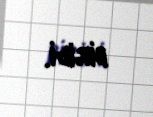
biridi.